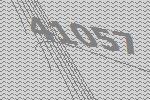
41057